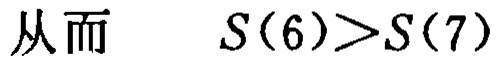
从而\(S(6)>S(7)\)